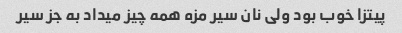
پیتزا خوب بود ولی نان سیر مزه همه چیز میداد به جز سیر